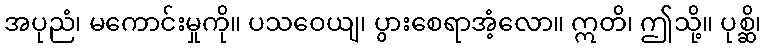
အပုညံ၊ မကောင်းမှုကို။ ပသဝေယျ၊ ပွားစေရာအံ့လော။ ဣတိ၊ ဤသို့။ ပုစ္ဆိ၊